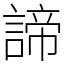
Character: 諦